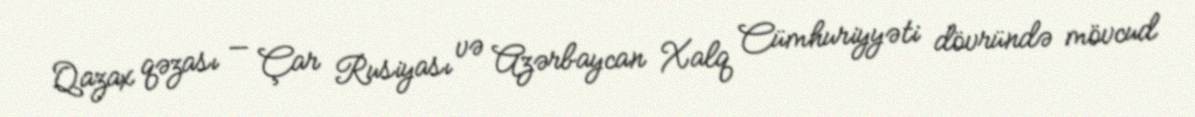
Qazax qəzası — Çar Rusiyası və Azərbaycan Xalq Cümhuriyyəti dövründə mövcud